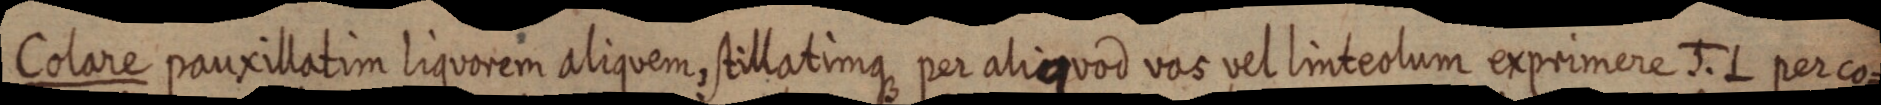
Colare pauxillatim liquorem aliquem, stillatimque per aliquod vas vel linteolum exprimere J. L per co